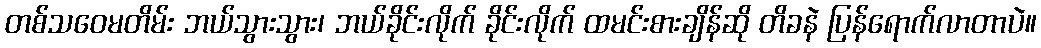
တစ်သဝေမတိမ်း ဘယ်သွားသွား၊ ဘယ်ခိုင်းလိုက် ခိုင်းလိုက် ထမင်းစားချိန်ဆို တိခနဲ ပြန်ရောက်လာတာပဲ။